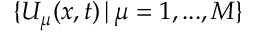
\{ U _ { \mu } ( { \boldsymbol { x } } , t ) \, | \, \mu = 1 , . . . , M \}